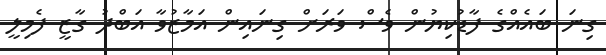
ގިނަ ބައެއްގެ ފާޑުކިޔުން ވެސް ވަރަށް ގިނައިން އަމާޒުވާ އަބްދު ގާޒީ ފެމިލީ